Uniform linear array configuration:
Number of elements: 24
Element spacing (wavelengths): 0.5
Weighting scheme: cosine
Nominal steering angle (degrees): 15
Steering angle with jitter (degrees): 14.472
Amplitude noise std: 0.05
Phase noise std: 0.05

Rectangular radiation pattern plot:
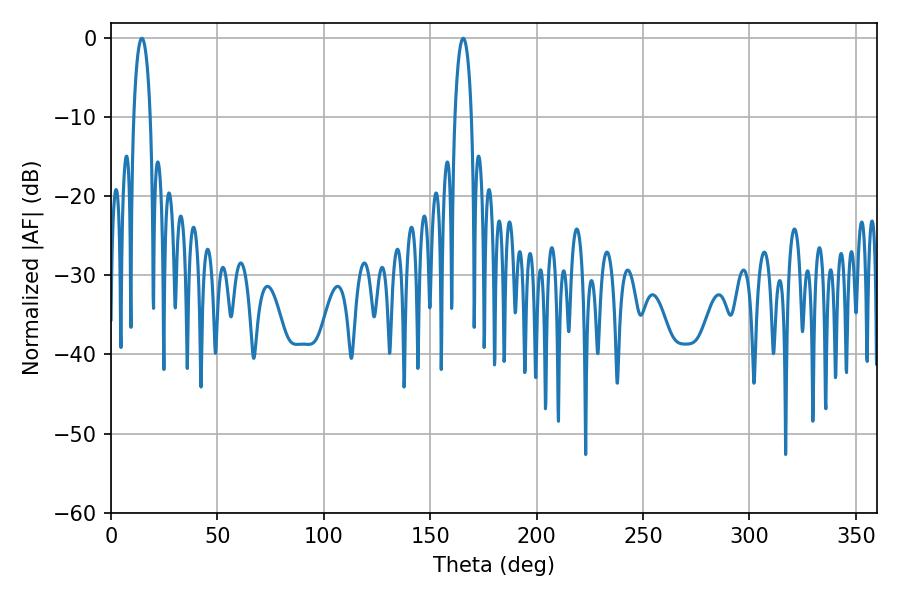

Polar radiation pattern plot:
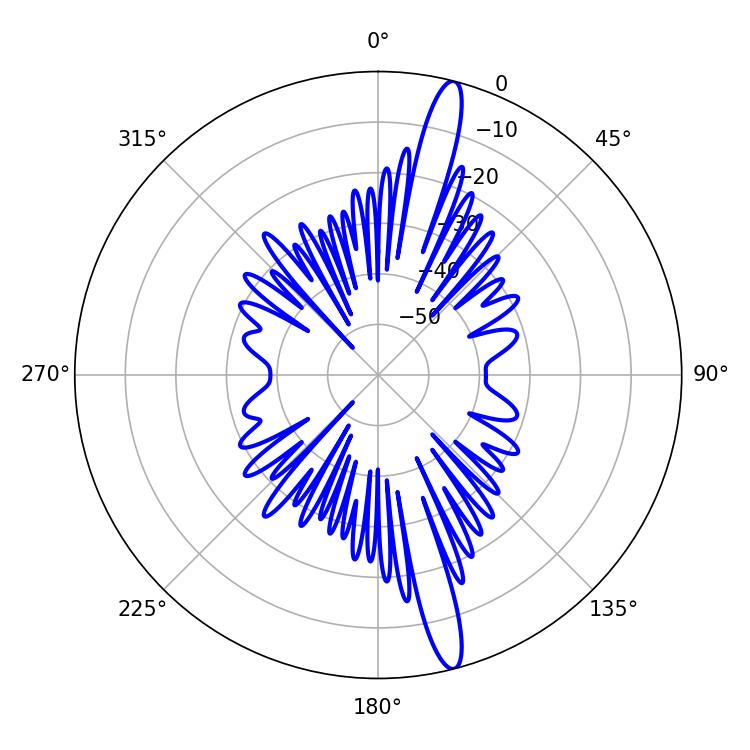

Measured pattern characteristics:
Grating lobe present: FALSE
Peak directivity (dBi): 16.691
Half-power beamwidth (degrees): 4.5
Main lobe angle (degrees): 14.58